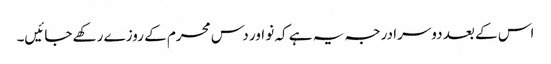
اس کے بعد دوسرا درجہ یہ ہے کہ نو اور دس محرم کے روزے رکھے جائیں۔